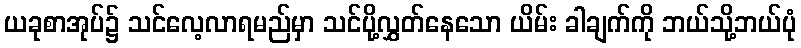
ယခုစာအုပ်၌ သင်လေ့လာရမည်မှာ သင်ပို့လွှတ်နေသော ယိမ်း ခါချက်ကို ဘယ်သို့ဘယ်ပုံ